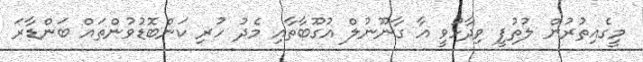
މީގެއިތުރުން ލުތުފީ ވިދާޅުވީ އާ ގާނޫނުލް އުގޫބާތާއި މެދު ހުރި ކަންބޮޑުވުންތައް ބަންޑާރަ